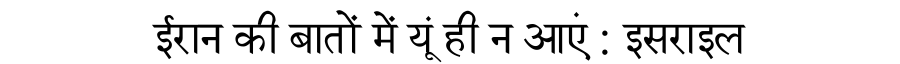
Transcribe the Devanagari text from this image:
ईरान की बातों में यूं ही न आएं : इसराइल